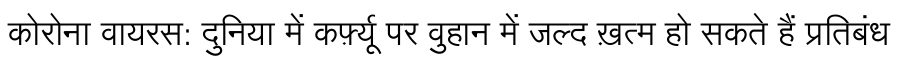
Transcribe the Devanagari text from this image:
कोरोना वायरस: दुनिया में कर्फ़्यू पर वुहान में जल्द ख़त्म हो सकते हैं प्रतिबंध